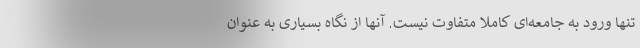
تنها ورود به جامعه‌ای کاملا متفاوت نیست. آنها از نگاه بسیاری به عنوان